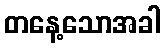
တနေ့သောအခါ